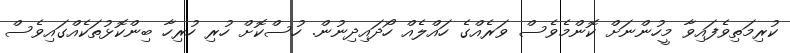
ކުރިމަތިވެފައިވާ މީހުންނަށް ކޮންމެވެސް ވަރެއްގެ ހައްލެއް ހޯދައިދިނުން. ހުސްކޮށް ހުރި ހުރިހާ ބިންކޮޅުތަކެއްގައިވެސް